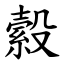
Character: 縠